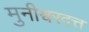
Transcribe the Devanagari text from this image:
मुनीश्वरदत्त